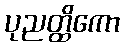
ပုညတ္ထိကော